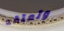
وتعتقد